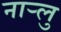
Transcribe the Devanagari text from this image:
नार्‍लु